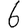
Digit: 6